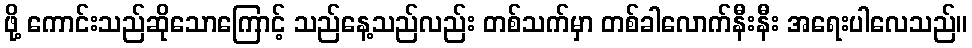
ဖို့ ကောင်းသည်ဆိုသောကြောင့် သည်နေ့သည်လည်း တစ်သက်မှာ တစ်ခါလောက်နီးနီး အရေးပါလေသည်။